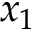
x _ { 1 }